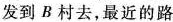
发到 B 村去,最近的路